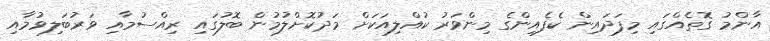
އާންމު ގޮތެއްގައި މިފަދައިން ކެފެއިންގެ މިންވަރު ކުއްލިއަކަށް މަދުކޮށްލުމުން ބޮލުގައި ރިއްސުމާއި ވަރުބަލިވުމާއި